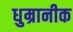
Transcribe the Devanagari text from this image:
धुम्रानीक